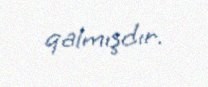
qalmışdır.